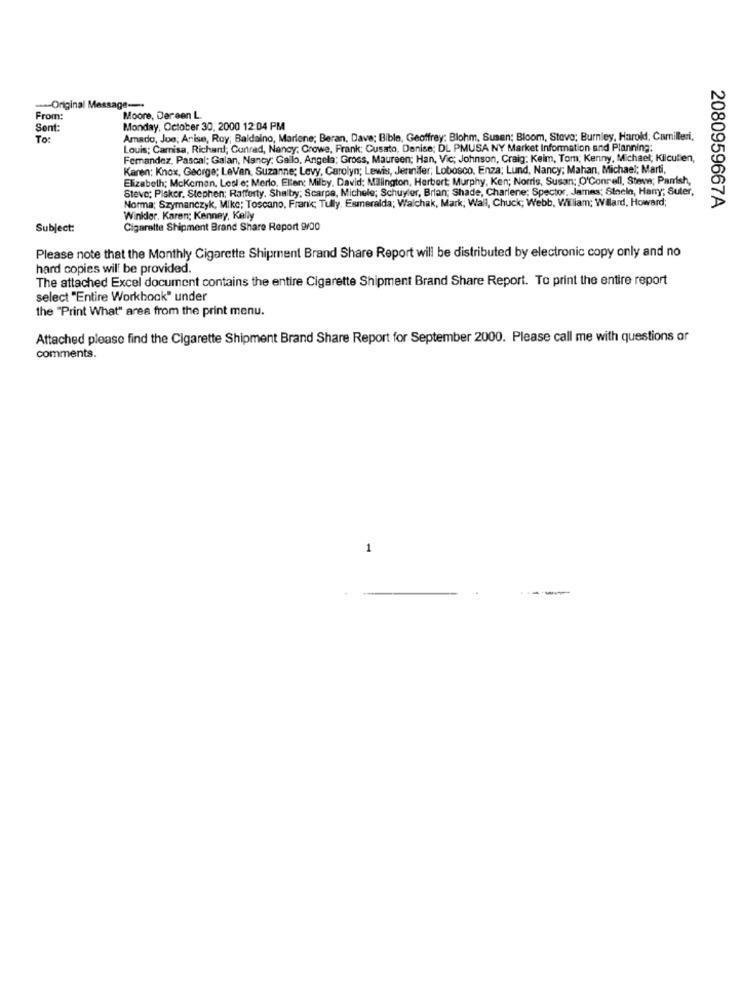
--- Original Message -.
From:
Moore, Der een L.
Sent:
Monday, October 30, 2000 12:04 PM
To:
Amado, Joe; Arise, Roy; Baldaino, Marlene; Beran, Dave; Bible, Geoffrey: Blohm, Susan; Bloom, Steve; Burnley, Harold; Camilleri.
Louis: Camisa, Richard; Cunrad, Nancy; Crowe, Frank: Cusato, Denise; DL PMUSA NY Market Information and Planning:
Femandez, Pascal; Galan, Nancy: Gallo, Angela; Gross, Maureen; Han, Vic; Johnson, Craig; Keim, Tom; Kenny, Michael; Kilcullen,
Karen: Knox, George; LeVan, Suzanne; Levy, Carolyn; Lewis, Jennifer; Lobosco, Enza; Lund, Nancy; Mahan, Michael; Marti,
Elizabeth; Mckeman, Lesl e; Merlo, Ellen; Milby, David; Millington, Herbert; Murphy, Ken; Norris, Susan; O'Conrell, Steve; Parrish,
Steve; Piskor, Stephen; Rafferty, Shalby: Scarpa, Michele; Schuyler, Brian; Shade, Charlene: Spector, James; Steele, Hany; Suter,
Norma; Szymanczyk, Mike; Toscano, Franc; Tully. Esmeralda; Walchak, Mark; Wall, Chuck; Webb, William; Willard, Howard;
2080959667A
Winkler. Karen; Kenney, Kelly
Subject:
Cigarette Shipment Brand Share Report 9100
Please note that the Monthly Cigarette Shipment Brand Share Report will be distributed by electronic copy only and no
hard copies will be provided.
The attached Excel document contains the entire Cigarette Shipment Brand Share Report. To print the entire report
select "Entire Workbook" under
the "Print What" area from the print menu.
Attached please find the Cigarette Shipment Brand Share Report for September 2000. Please call me with questions or
comments.
1